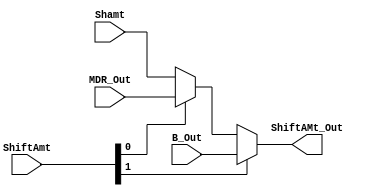
module mux_ShiftAmt (
    input wire [1:0] ShiftAmt,
    input wire [4:0] Shamt,
    input wire [4:0] MDR_Out,
    input wire [4:0] B_Out,
    output wire [4:0] ShiftAMt_Out
);

//   input 0 (00): Shamt
//   input 1 (01): memory data register
//   input 2 (10): B

    wire [4:0] aux1;
    
    assign aux1 = (ShiftAmt[0]) ? MDR_Out : Shamt;

    assign ShiftAMt_Out = (ShiftAmt[1]) ? B_Out : aux1;

endmodule